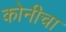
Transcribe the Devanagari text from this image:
कोनीचा